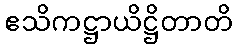
ဧသိကဋ္ဌာယိဋ္ဌိတာတိ